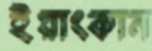
ইয়াংকান